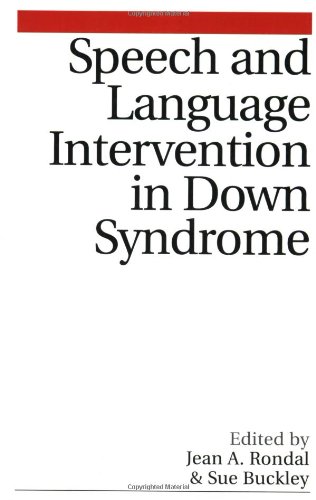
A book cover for Speech and Language Intervention in Down Syndrome; Jean Rondal; Health, Fitness & Dieting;